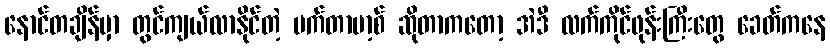
နောင်တချိန်မှာ တွင်ကျယ်လာနိုင်တဲ့ မက်တာဗာ့စ် ဆိုတာကတော့ အဲဒီ လက်ကိုင်ဖုန်းကြီးတွေ ခေတ်ကနေ